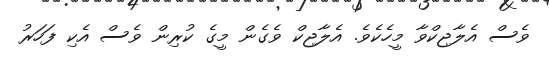
ވެސް އެލާޖިކްވާ މީހެކެވެ. އެލާޖިކް ވެގެން މީގެ ކުރިން ވެސް އެކި ފަހަރު